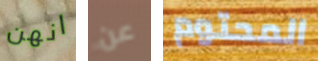
انهن عن المحتوم